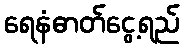
ရေနံဓာတ်ငွေ့ရည်